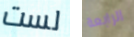
لست الرابعة